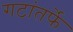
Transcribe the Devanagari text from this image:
गटांतर्फे